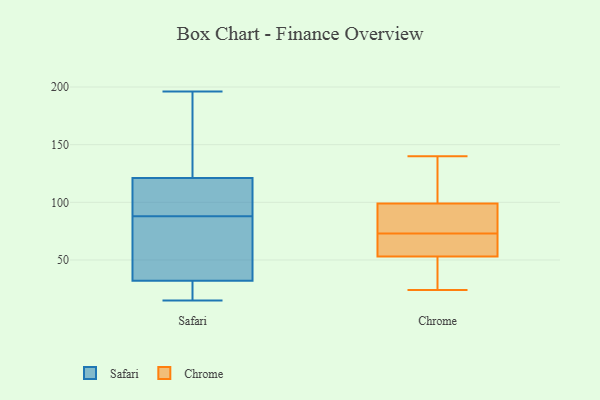
{"axis": {"x": "Backlog", "y": "Value"}, "legend": ["Chrome", "Safari"], "data": [{"x": "", "y": 93, "type": "Safari"}, {"x": "", "y": 83, "type": "Safari"}, {"x": "", "y": 62, "type": "Safari"}, {"x": "", "y": 173, "type": "Safari"}, {"x": "", "y": 32, "type": "Safari"}, {"x": "", "y": 112, "type": "Safari"}, {"x": "", "y": 73, "type": "Safari"}, {"x": "", "y": 45, "type": "Safari"}, {"x": "", "y": 176, "type": "Safari"}, {"x": "", "y": 15, "type": "Safari"}, {"x": "", "y": 121, "type": "Safari"}, {"x": "", "y": 196, "type": "Safari"}, {"x": "", "y": 17, "type": "Safari"}, {"x": "", "y": 19, "type": "Safari"}, {"x": "", "y": 112, "type": "Safari"}, {"x": "", "y": 25, "type": "Safari"}, {"x": "", "y": 154, "type": "Safari"}, {"x": "", "y": 106, "type": "Safari"}, {"x": "", "y": 47, "type": "Chrome"}, {"x": "", "y": 120, "type": "Chrome"}, {"x": "", "y": 56, "type": "Chrome"}, {"x": "", "y": 66, "type": "Chrome"}, {"x": "", "y": 24, "type": "Chrome"}, {"x": "", "y": 31, "type": "Chrome"}, {"x": "", "y": 136, "type": "Chrome"}, {"x": "", "y": 140, "type": "Chrome"}, {"x": "", "y": 73, "type": "Chrome"}, {"x": "", "y": 99, "type": "Chrome"}, {"x": "", "y": 96, "type": "Chrome"}, {"x": "", "y": 81, "type": "Chrome"}, {"x": "", "y": 73, "type": "Chrome"}, {"x": "", "y": 53, "type": "Chrome"}]}